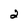
Character: 2